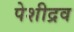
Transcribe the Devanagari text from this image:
पेशीद्रव